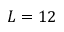
L = 1 2